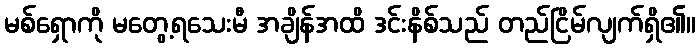
မစ်ရှောကို မတွေ့ရသေးမီ အချိန်အထိ ဒင်းနိစ်သည် တည်ငြိမ်လျက်ရှိ၏။